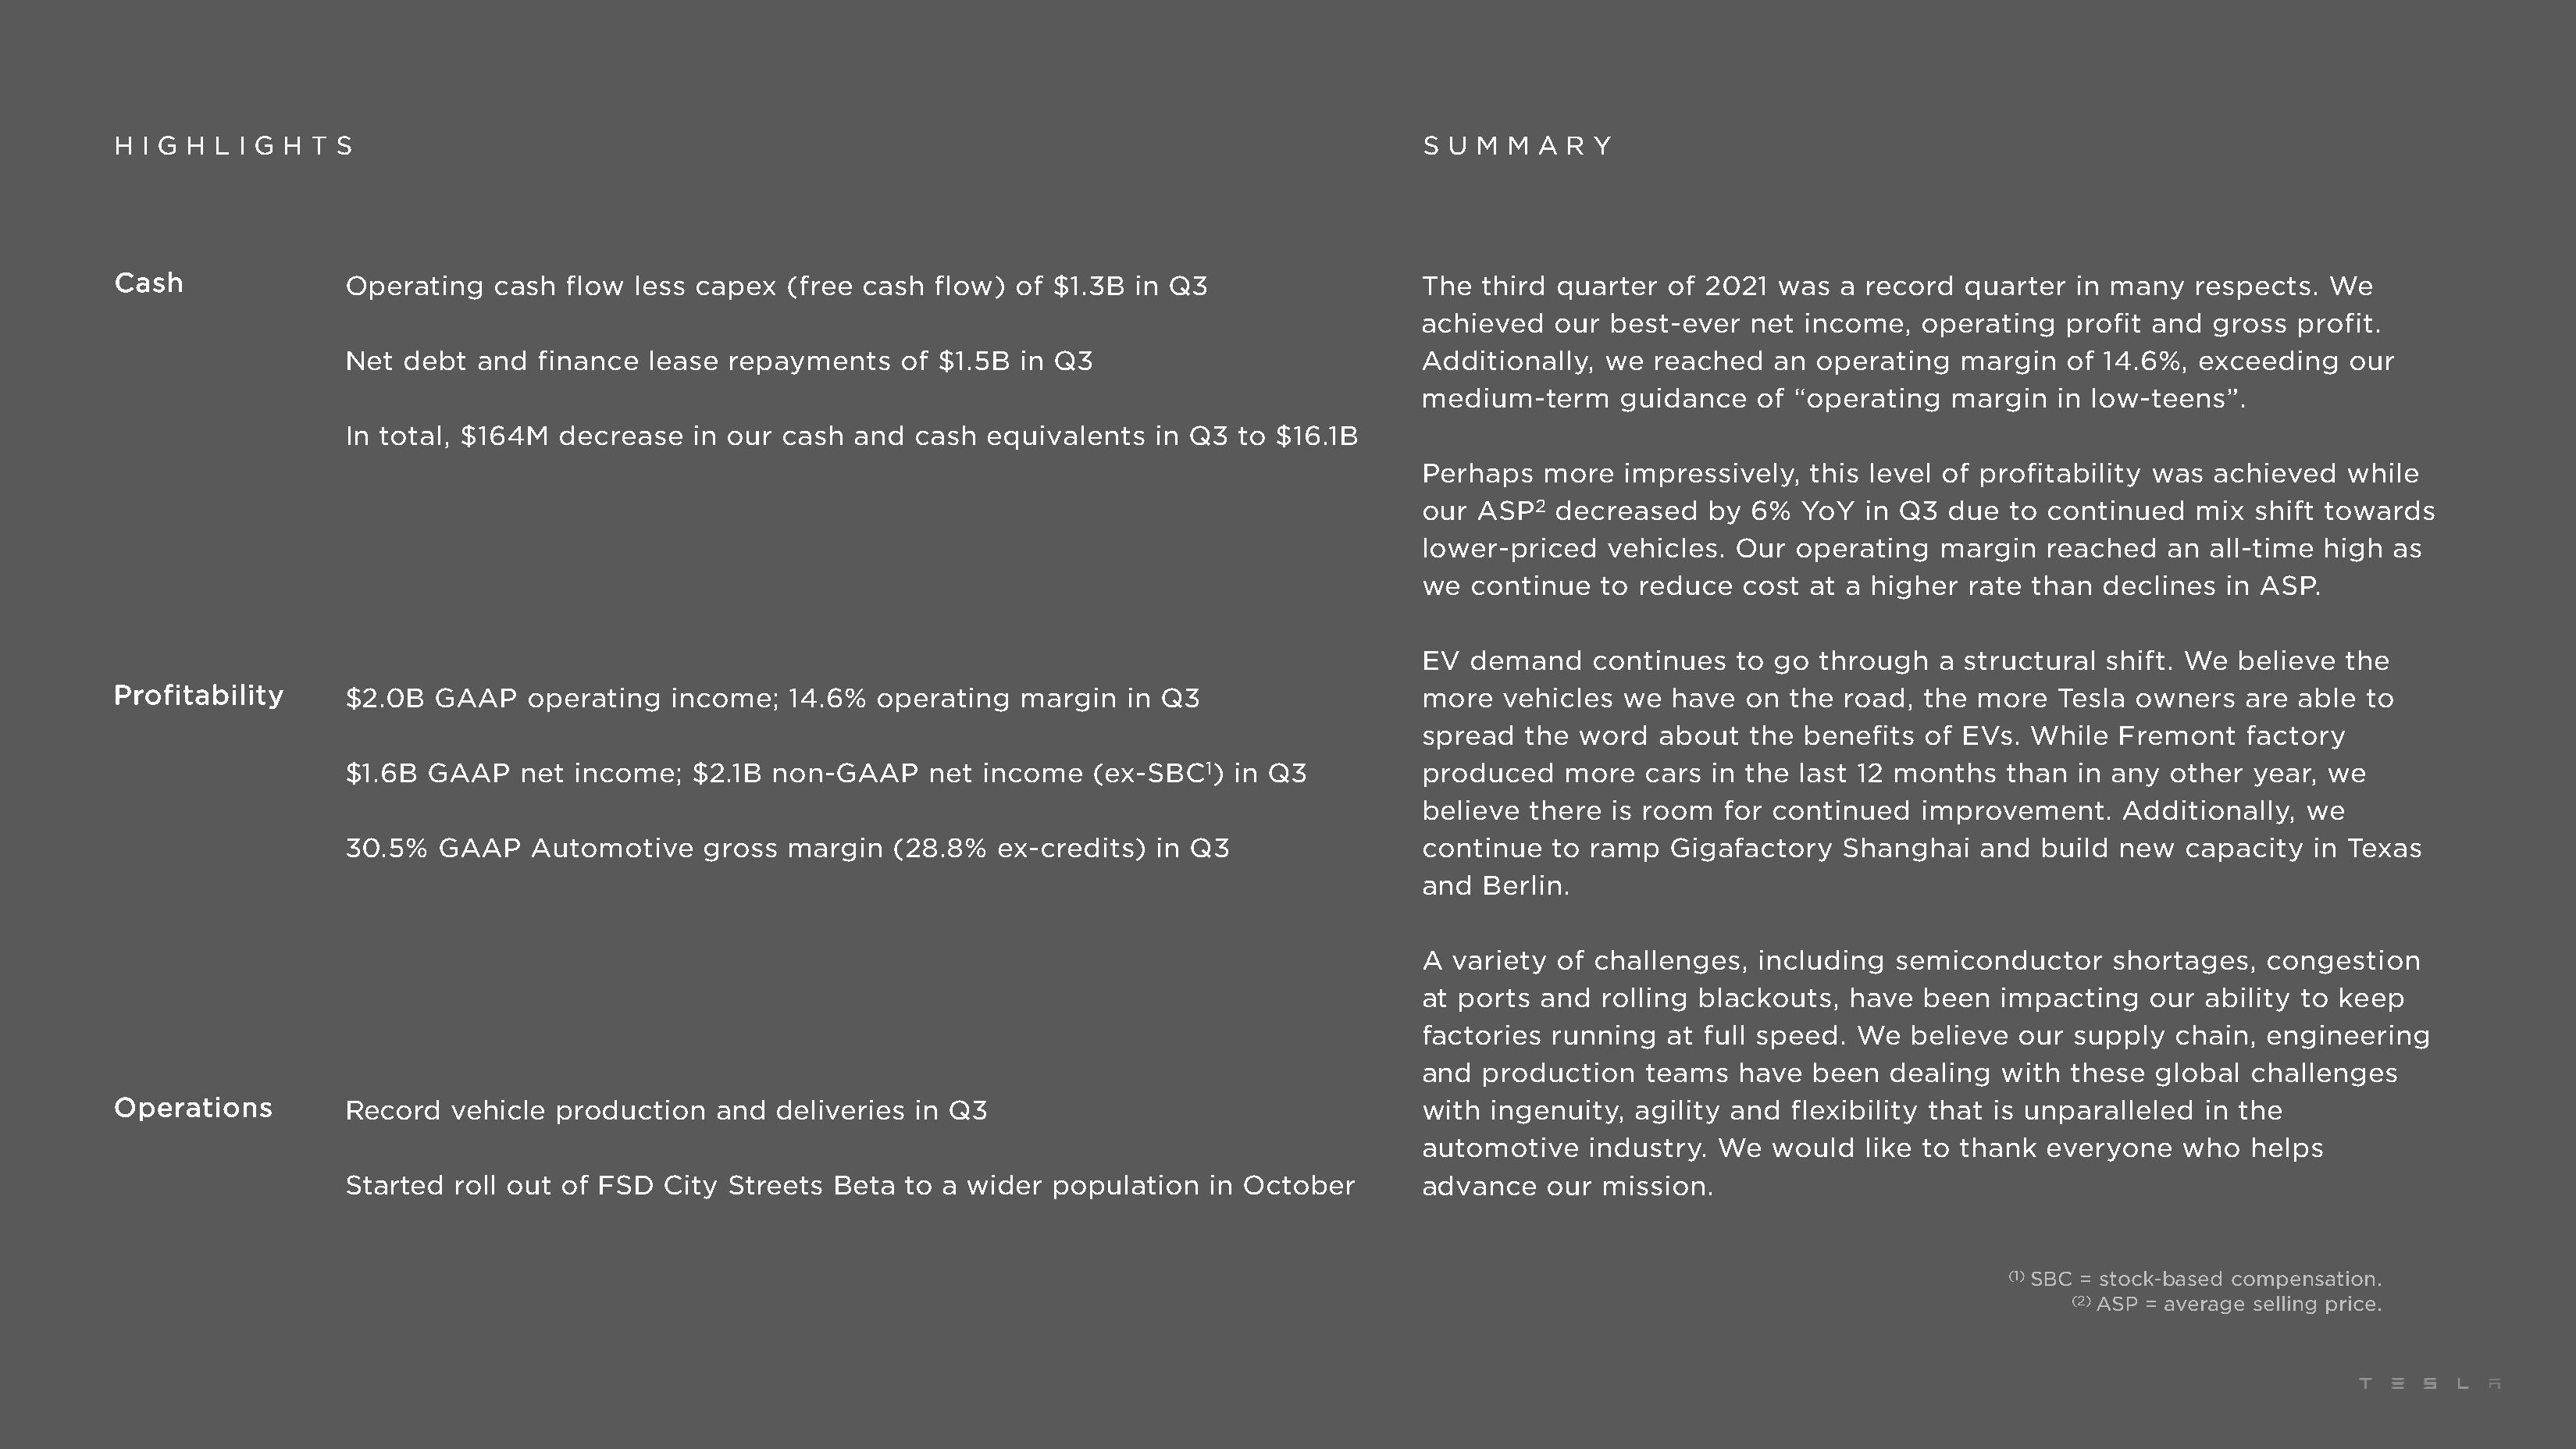
H I G H L I G H T S                                                                                            S U M  M A  R Y
 Cash               Operating    cash  flow  less capex   (free cash  flow)  of $1.3B  in Q3                   The   third quarter  of  2021  was  a record   quarter  in many   respects.  We
 achieved    our best-ever   net  income,   operating   profit and   gross  profit.
 Net  debt  and   finance  lease  repayments    of  $1.5B in Q3                             Additionally,   we  reached   an  operating   margin   of 14.6%,  exceeding    our
 medium-term      guidance    of “operating   margin   in low-teens”.
 In total, $164M   decrease    in our cash  and   cash  equivalents   in Q3  to $16.1B
 Perhaps    more   impressively,  this level  of profitability was   achieved   while
 our  ASP2   decreased    by 6%   YoY  in Q3  due  to  continued   mix  shift towards
 lower-priced    vehicles.  Our  operating   margin   reached    an all-time  high  as
 we   continue   to reduce   cost at a  higher  rate than  declines   in ASP.
 EV   demand    continues   to go  through   a structural   shift. We  believe  the
 Profitability      $2.0B   GAAP    operating   income;   14.6%  operating    margin   in Q3                   more   vehicles   we  have  on  the road,  the  more  Tesla  owners   are  able  to
 spread   the  word   about  the  benefits  of EVs.  While   Fremont   factory
 $1.6B  GAAP    net  income;   $2.1B non-GAAP      net income    (ex-SBC1)   in Q3          produced     more  cars  in the  last 12 months   than  in any  other  year, we
 believe   there  is room  for continued    improvement.     Additionally,  we
 30.5%   GAAP    Automotive     gross  margin   (28.8%   ex-credits)  in Q3                 continue    to ramp   Gigafactory   Shanghai    and  build  new  capacity   in Texas
 and   Berlin.
 A  variety  of challenges,   including   semiconductor     shortages,   congestion
 at  ports  and  rolling blackouts,   have  been   impacting   our  ability to keep
 factories   running  at full speed.  We   believe  our  supply  chain,  engineering
 and   production   teams   have   been  dealing   with these   global  challenges
 Operations         Record   vehicle  production    and  deliveries  in Q3                                     with  ingenuity,   agility and  flexibility that is unparalleled   in the
 automotive     industry.  We  would   like to thank  everyone    who   helps
 Started   roll out of FSD  City  Streets  Beta  to a wider  population    in October       advance    our  mission.
 (1) SBC = stock-based compensation.
 (2) ASP = average selling price.